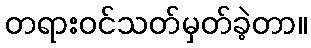
တရားဝင်သတ်မှတ်ခဲ့တာ။